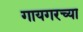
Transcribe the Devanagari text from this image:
गायगरच्या